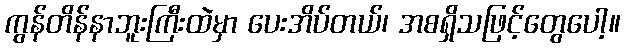
ကွန်တိန်နာဘူးကြီးထဲမှာ ပေးအိပ်တယ်၊ အစရှိသဖြင့်တွေပေါ့။